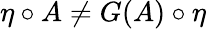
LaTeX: \eta\circ A\neq G(A)\circ\eta